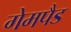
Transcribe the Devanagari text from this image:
गेमपैड